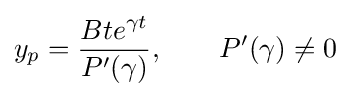
y_{p}={\frac {Bte^{\gamma t}}{P'(\gamma )}},\qquad P'(\gamma )\neq 0